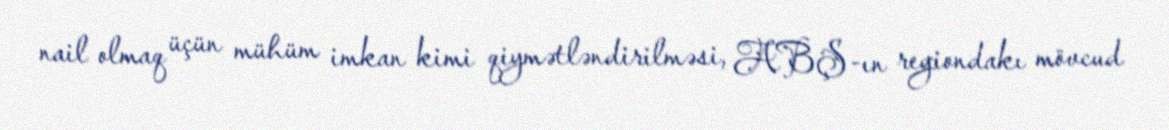
nail olmaq üçün mühüm imkan kimi qiymətləndirilməsi, ABŞ-ın regiondakı mövcud